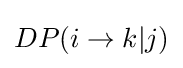
DP(i\rightarrow k|j)